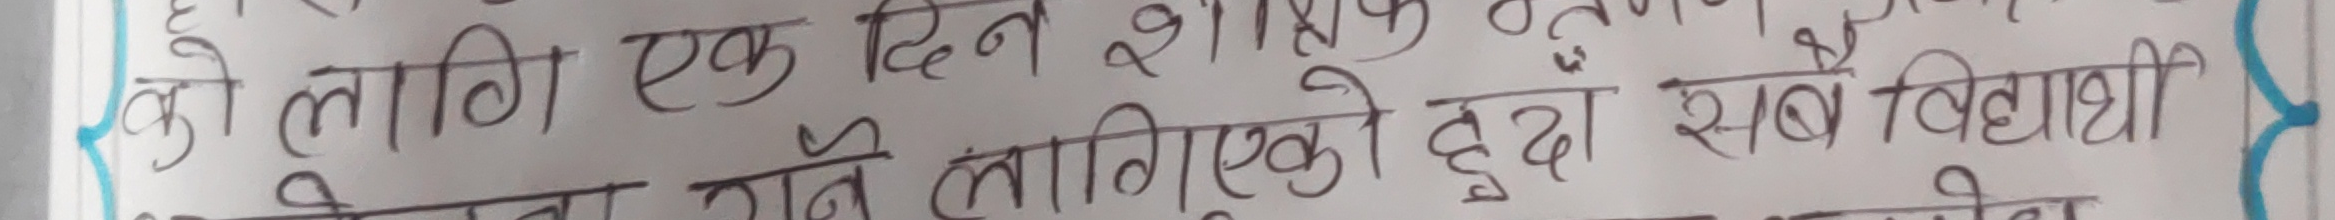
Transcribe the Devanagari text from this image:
को लागि एक दिन शैक्षिक हुनेछ ।
जाने लागिएको दुई सबै विद्यार्थी